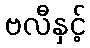
ဗလီနှင့်